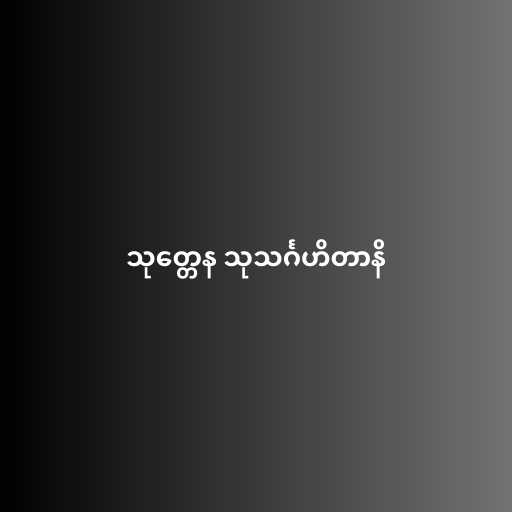
သုတ္တေန သုသင်္ဂဟိတာနိ